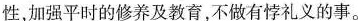
性，加强平时的修养及教育，不做有悖礼义的事。